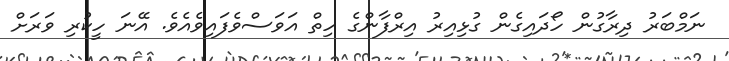
ނަމްބަރު ދިރާގުން ހޯދައިގެން ގުޅިއިރު އިރްފާންގެ ހިތް އަވަސްވެފައިވެއެވެ. އޭނަ ހީކުރި ވަރަށް